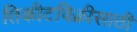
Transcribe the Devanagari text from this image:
तिकीटविक्रीसाठी